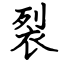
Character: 裂